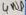
Text: GND